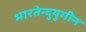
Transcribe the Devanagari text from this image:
भारतेन्दुयुगीन